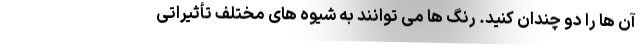
آن ها را دو چندان کنید. رنگ ها می توانند به شیوه های مختلف تأثیراتی